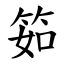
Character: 筎